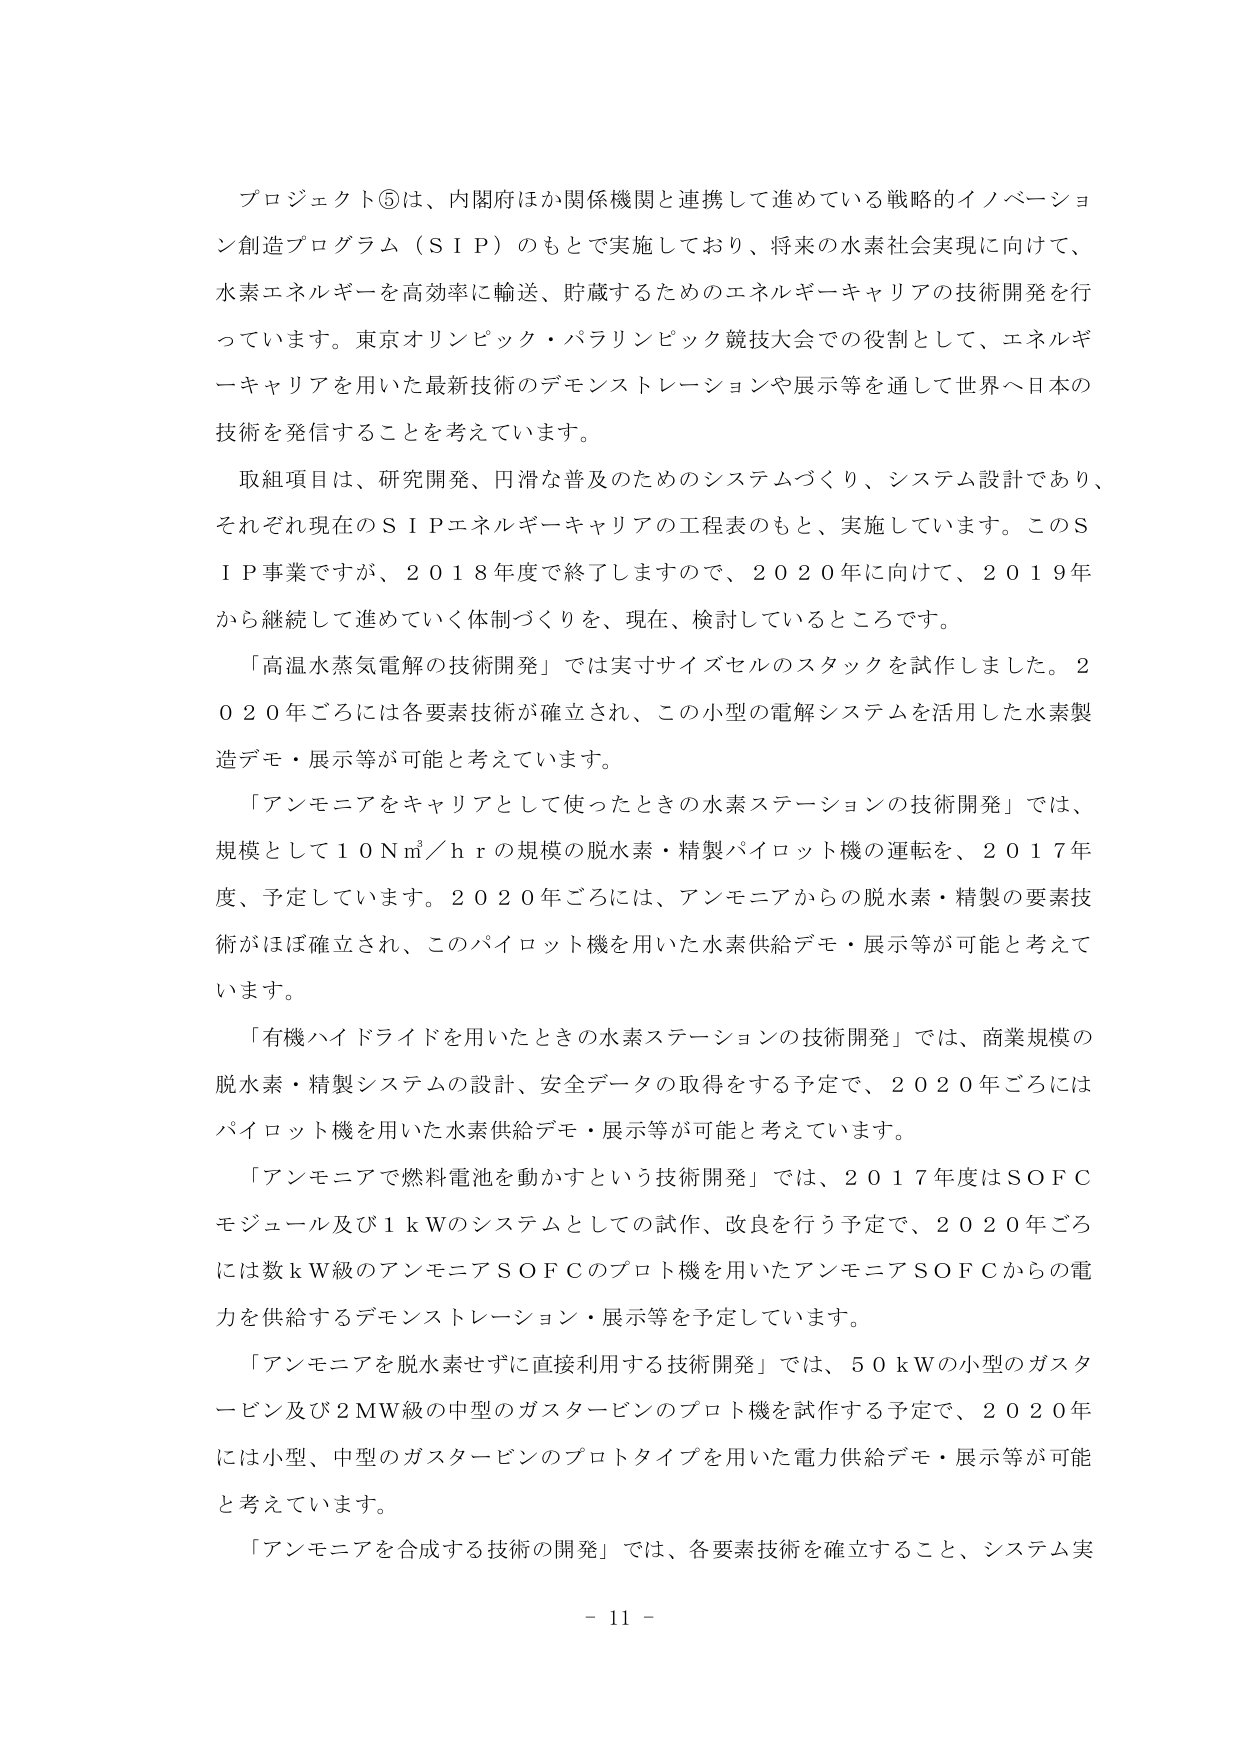
プロジェクト⑤は、内閣府ほか関係機関と連携して進めている戦略的イノベーション創造プログラム（ＳＩＰ）のもとで実施しており、将来の水素社会実現に向けて、水素エネルギーを高効率に輸送、貯蔵するためのエネルギーキャリアの技術開発を行っています。東京オリンピック・パラリンピック競技大会での役割として、エネルギーキャリアを用いた最新技術のデモンストレーションや展示等を通して世界へ日本の技術を発信することを考えています。

取組項目は、研究開発、円滑な普及のためのシステムづくり、システム設計であり、それぞれ現在のＳＩＰエネルギーキャリアの工程表のもと、実施しています。このＳＩＰ事業ですが、２０１８年度で終了しますので、２０２０年に向けて、２０１９年から継続して進めていく体制づくりを、現在、検討しているところです。

「高温水蒸気電解の技術開発」では実寸サイズセルのスタックを試作しました。２０２０年ごろには各要素技術が確立され、この小型の電解システムを活用した水素製造デモ・展示等が可能と考えています。

「アンモニアをキャリアとして使ったときの水素ステーションの技術開発」では、規模として１０Ｎ㎥／ｈｒの規模の脱水素・精製パイロット機の運転を、２０１７年度、予定しています。２０２０年ごろには、アンモニアからの脱水素・精製の要素技術がほぼ確立され、このパイロット機を用いた水素供給デモ・展示等が可能と考えています。

「有機ハイドライドを用いたときの水素ステーションの技術開発」では、商業規模の脱水素・精製システムの設計、安全データの取得をする予定で、２０２０年ごろにはパイロット機を用いた水素供給デモ・展示等が可能と考えています。

「アンモニアで燃料電池を動かすという技術開発」では、２０１７年度はＳＯＦＣモジュール及び１ｋＷのシステムとしての試作、改良を行う予定で、２０２０年ごろには数ｋＷ級のアンモニアＳＯＦＣのプロト機を用いたアンモニアＳＯＦＣからの電力を供給するデモンストレーション・展示等を予定しています。

「アンモニアを脱水素せずに直接利用する技術開発」では、５０ｋＷの小型のガスタービン及び２ＭＷ級の中型のガスタービンのプロト機を試作する予定で、２０２０年には小型、中型のガスタービンのプロトタイプを用いた電力供給デモ・展示等が可能と考えています。

「アンモニアを合成する技術の開発」では、各要素技術を確立すること、システム実

－ 11 －